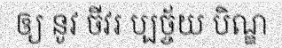
ឲ្យ នូវ ចីវរ ប្បច្ច័យ បិណ្ឌ